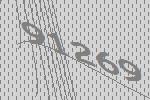
91269